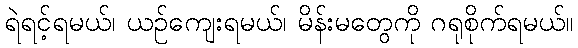
ရဲရင့်ရမယ်၊ ယဉ်ကျေးရမယ်၊ မိန်းမတွေကို ဂရုစိုက်ရမယ်။